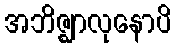
အဘိဇ္ဈာလုနောပိ